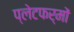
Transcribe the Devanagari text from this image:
प्‍लेटफर्मों